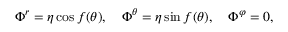
\Phi ^ { r } = \eta \cos f ( \theta ) , ~ ~ ~ \Phi ^ { \theta } = \eta \sin f ( \theta ) , ~ ~ ~ \Phi ^ { \varphi } = 0 ,